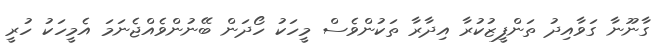
ގާނޫނާ ގަވާއިދު ތަންފީޒުކުރާ އިދާރާ ތަކުންވެސް މީހަކު ހޯދަން ބޭނުންވެއްޖެނަމަ އެމީހަކު ހުރީ